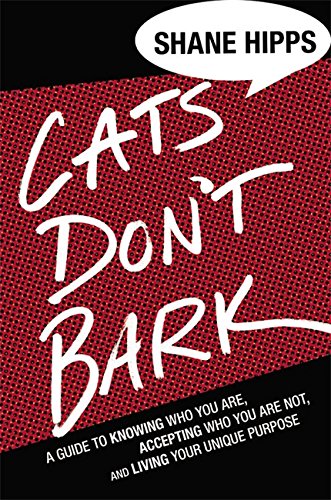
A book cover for Cats Don't Bark: A Guide to Knowing Who You Are, Accepting Who You Are Not, and Living Your Unique Purpose; Shane Hipps; Christian Books & Bibles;